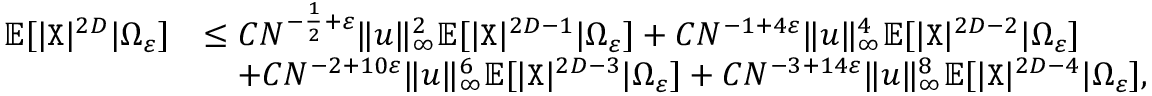
\begin{array} { r l } { \mathbb { E } [ | { \texttt X } | ^ { 2 D } | \Omega _ { \varepsilon } ] } & { \leq C N ^ { - \frac { 1 } { 2 } + \varepsilon } \| { \boldsymbol u } \| _ { \infty } ^ { 2 } \mathbb { E } [ | { \texttt X } | ^ { 2 D - 1 } | \Omega _ { \varepsilon } ] + C N ^ { - 1 + 4 \varepsilon } \| { \boldsymbol u } \| _ { \infty } ^ { 4 } \mathbb { E } [ | { \texttt X } | ^ { 2 D - 2 } | \Omega _ { \varepsilon } ] } \\ & { \quad + C N ^ { - 2 + 1 0 \varepsilon } \| { \boldsymbol u } \| _ { \infty } ^ { 6 } \mathbb { E } [ | { \texttt X } | ^ { 2 D - 3 } | \Omega _ { \varepsilon } ] + C N ^ { - 3 + 1 4 \varepsilon } \| { \boldsymbol u } \| _ { \infty } ^ { 8 } \mathbb { E } [ | { \texttt X } | ^ { 2 D - 4 } | \Omega _ { \varepsilon } ] , } \end{array}